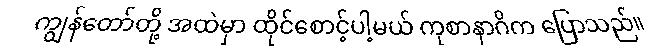
ကျွန်တော်တို့ အထဲမှာ ထိုင်စောင့်ပါ့မယ် ကုစာနာဂိက ပြောသည်။